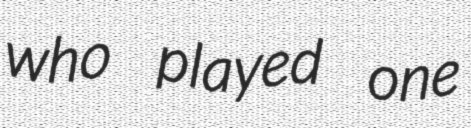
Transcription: who played one